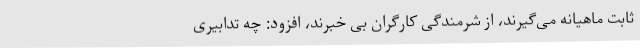
ثابت ماهیانه می‌گیرند، از شرمندگی کارگران بی خبرند، افزود: چه تدابیری